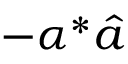
- \alpha ^ { * } \hat { a }